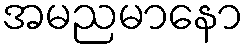
အမညမာနော